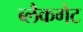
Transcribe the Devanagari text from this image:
ब्लैकगेट